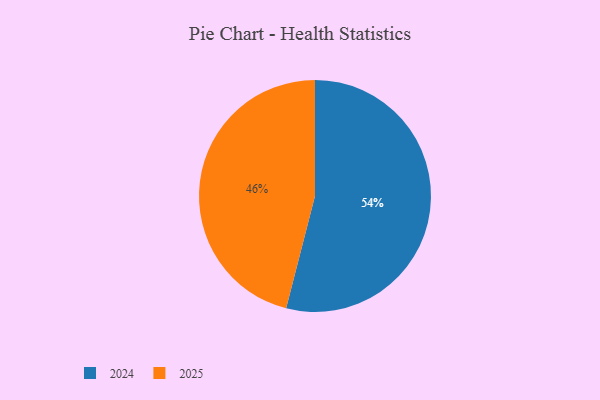
{"axis": {"x": "Category", "y": "Percentage"}, "legend": ["2024", "2025"], "data": [{"x": "2025", "y": 46, "type": "2025"}, {"x": "2024", "y": 54, "type": "2024"}]}